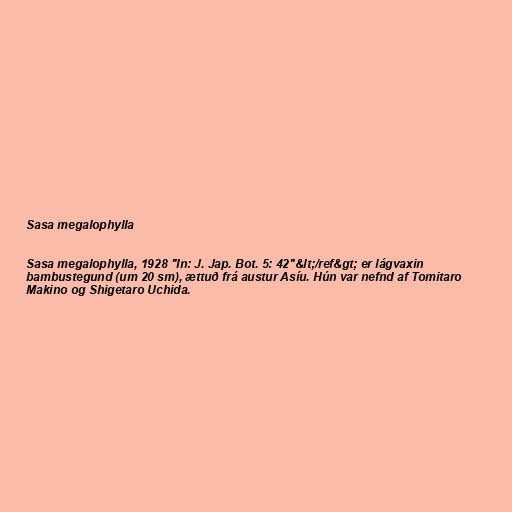
Sasa megalophylla

Sasa megalophylla, 1928 "In: J. Jap. Bot. 5: 42"&lt;/ref&gt; er lágvaxin
bambustegund (um 20 sm), ættuð frá austur Asíu. Hún var nefnd af Tomitaro
Makino og Shigetaro Uchida.